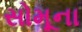
સોમૂના